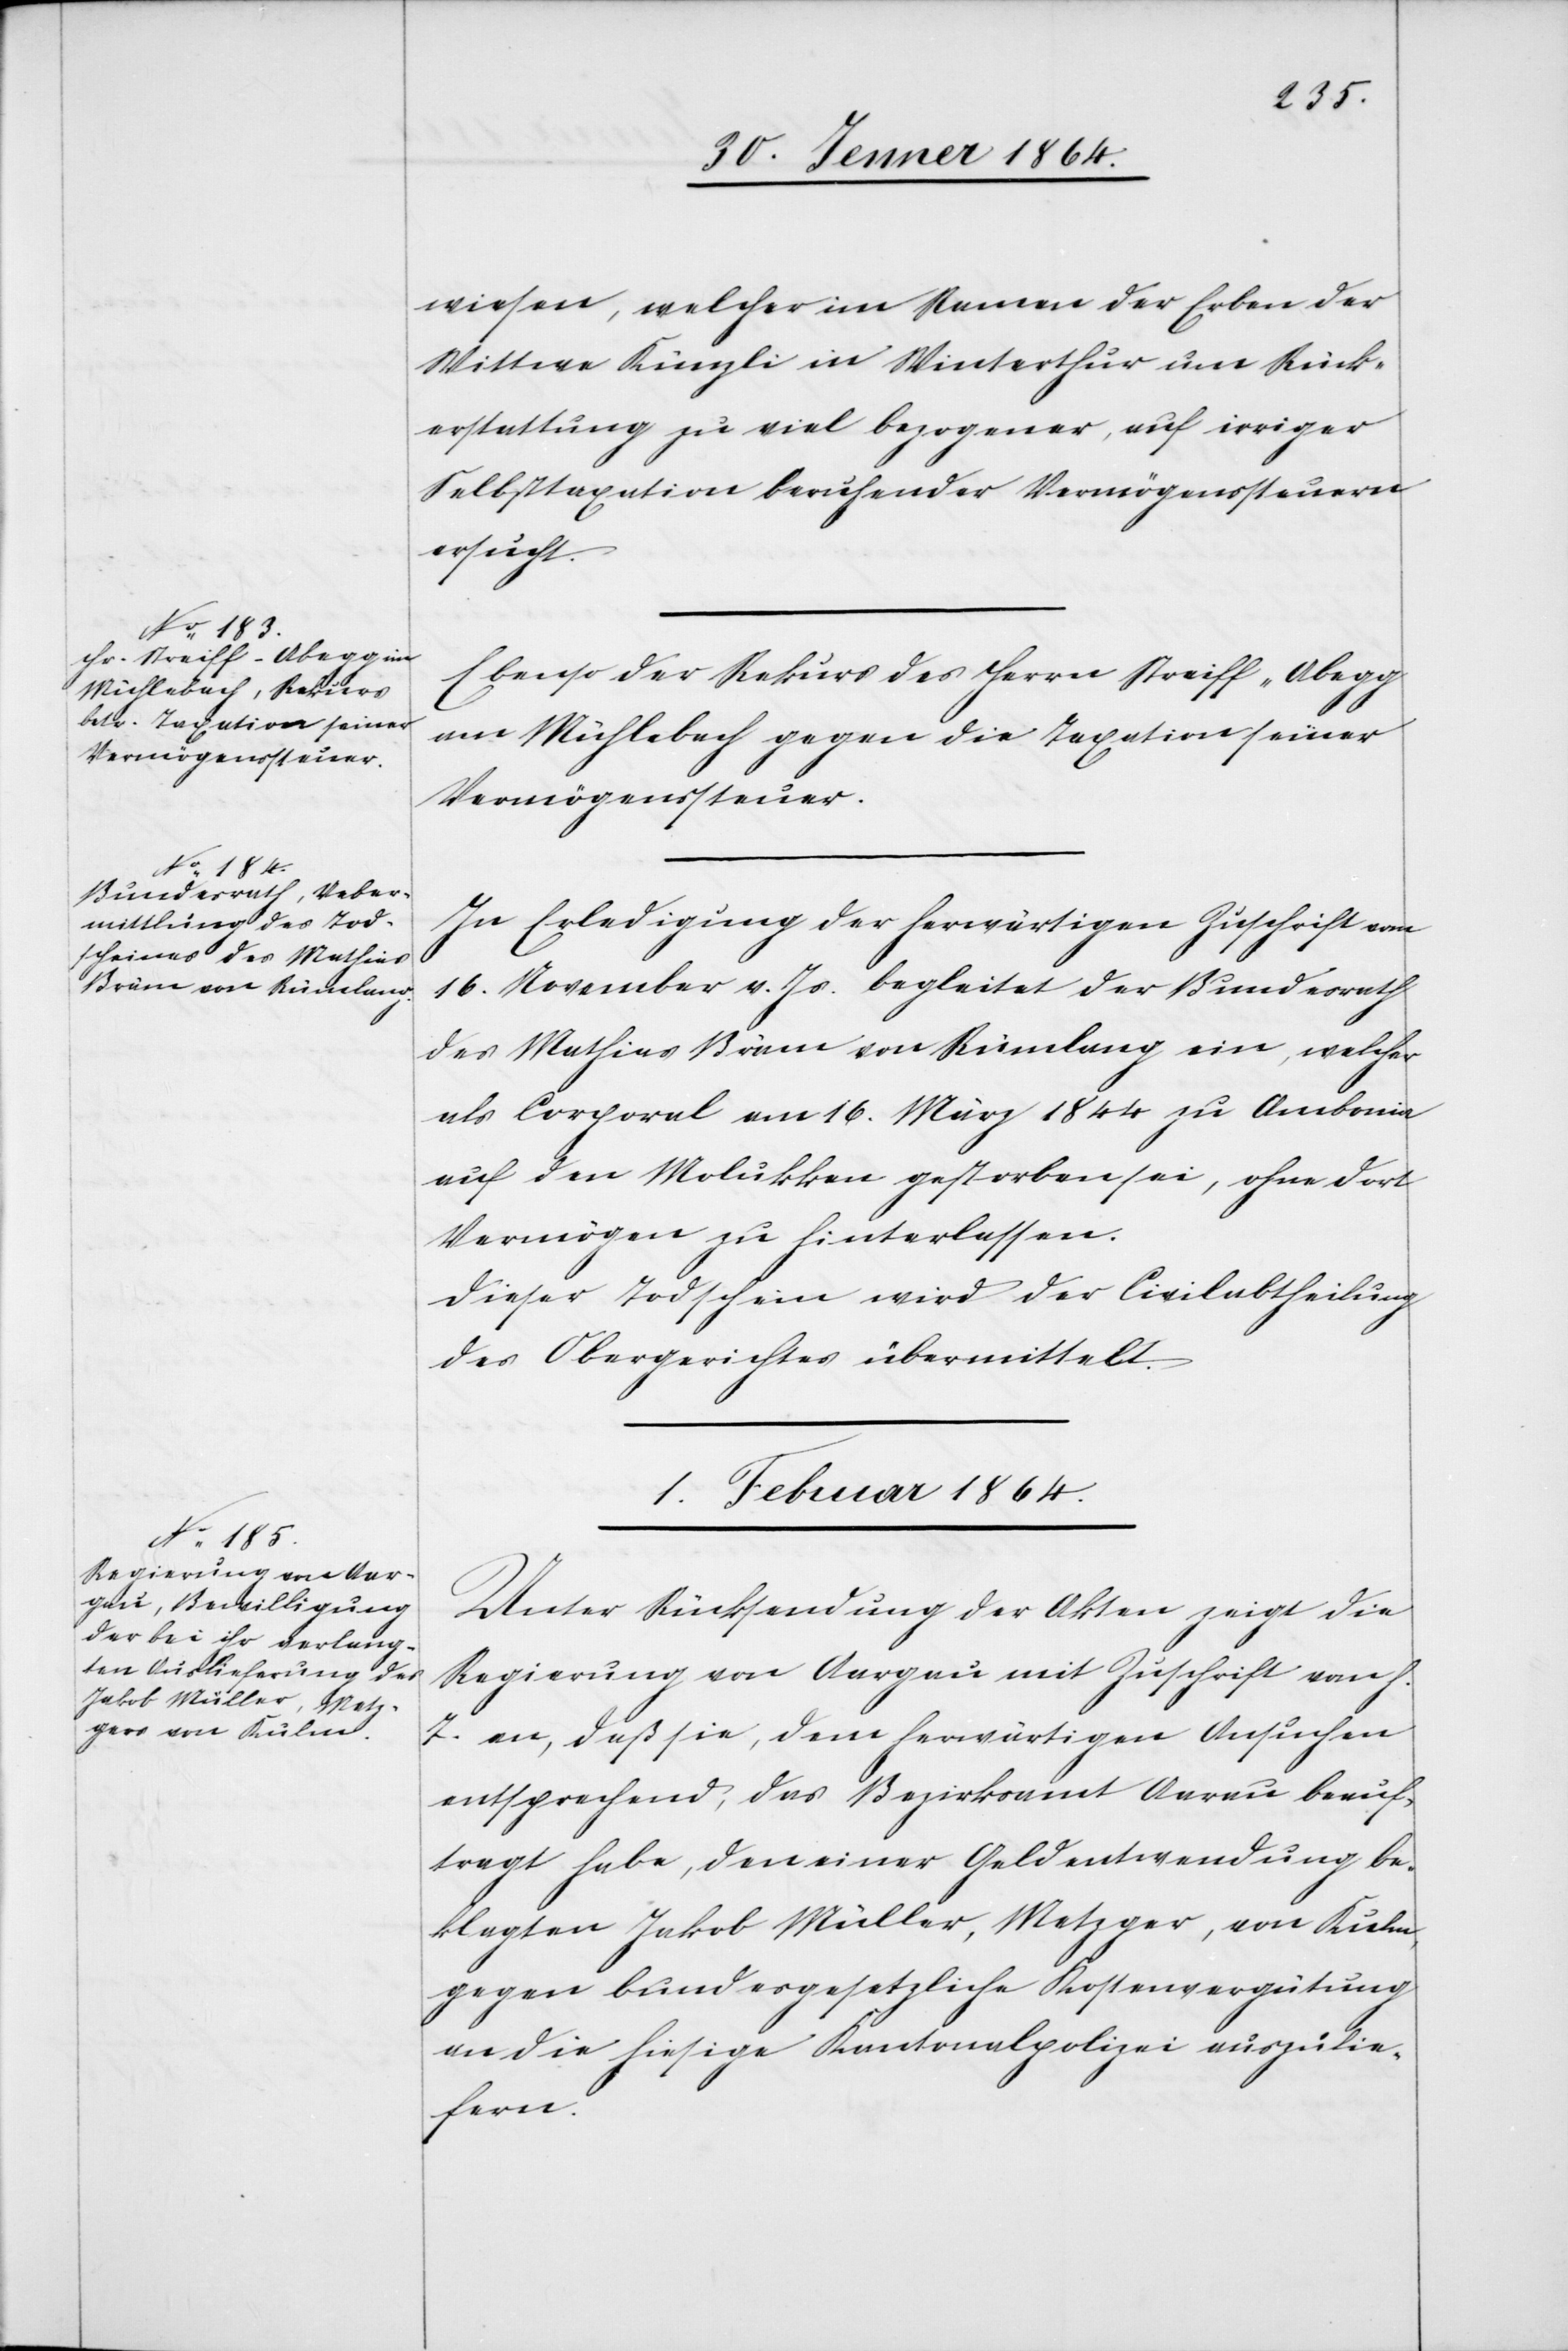
30. Jenner 1864.]
wiesen, welcher im Namen der Erben der
Wittwe Künzli in Winterthur um Rück¬
erstattung zu viel bezogener, auf irriger
Selbsttaxation beruhender Vermögenssteuern
ersucht.
Ebenso der Rekurs des Herrn Streiff-Abegg
am Mühlebach gegen die Taxation seiner
Vermögenssteuer.
In Erledigung der herwärtigen Zuschrift vom
16. November v. Js. begleitet der Bundesrath
des Mathias Bräm von Rümlang ein [sic!], welcher
als Corporal vom 16. März zu Ambonin
auf den Molukken gestorben sei, ohne dort
Dieser Todtschein wird der Civilabtheilung
des Obergerichtes übermittelt.
1. Februar 1864.
Unter Rücksendung der Akten zeigt die
Regierung von Aargau mit Zuschrift vom h.
T. an, daß sie, dem herwärtigen Ansuchen
entsprechend, das Bezirksamt Aarau beauf¬
tragt habe den einer Geldentwendung be¬
klagten Jakob Müller, Metzger, von Kulm,
gegen bundesgesetzliche Kostenvergütung
an die hiesige Kantonalpolizei auszulie¬
fern.